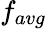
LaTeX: f_{avg}